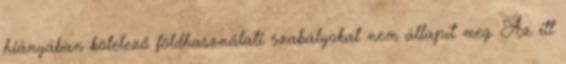
hiányában kötelező földhasználati szabályokat nem állapít meg. Az itt